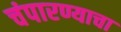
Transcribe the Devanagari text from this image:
चंपारण्याचा